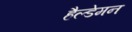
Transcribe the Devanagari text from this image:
हैल्डेमन